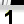
Digit: 1